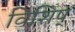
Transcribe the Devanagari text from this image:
विशिष्